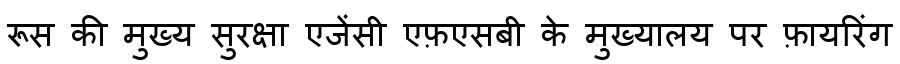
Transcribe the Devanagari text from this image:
रूस की मुख्य सुरक्षा एजेंसी एफ़एसबी के मुख्यालय पर फ़ायरिंग